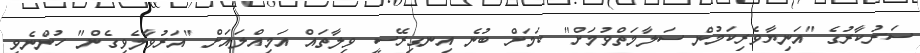
ސަރުކާރުގެ "އަނިޔާވެރިކަމުން ސަލާމަތްވުމަށް" ކަމަށް ބުނެ އިނގިރޭސީ ވިލާތައް އަމިއްލައަށް "އަރުވާލެވިގެން" ހުންނެވި